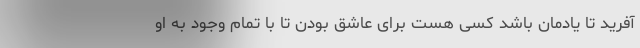
آفرید تا یادمان باشد کسی هست برای عاشق بودن تا با تمام وجود به او